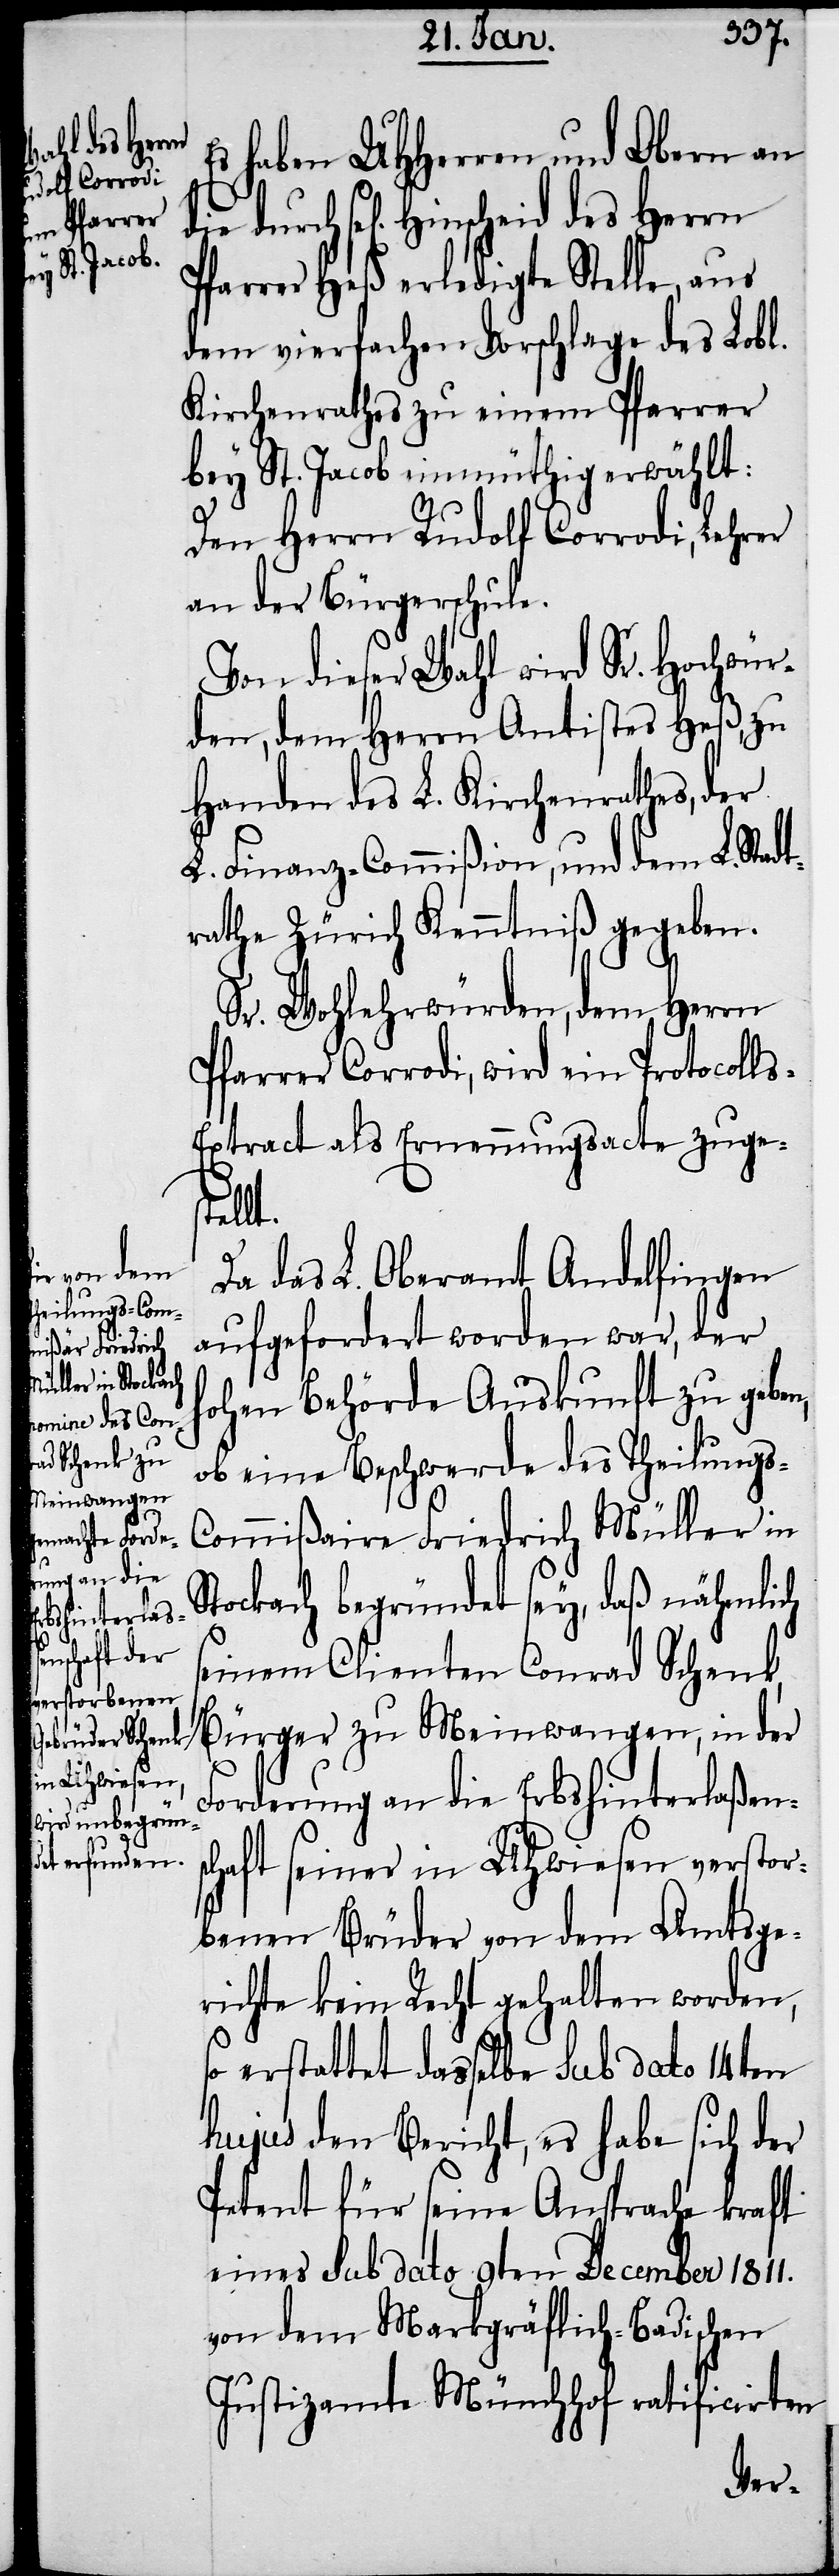
eid des Herrn
die durch
sel[igen] Hinsch¬

haben UHHerren und Obern an
Pfarrer Heß erledigte Stelle, aus
dem vierfachen Vorschlage des Lobl.
Kirchenrathes zu einem Pfarrer
bey St. Jacob einmüthig erwählt:
Den Herrn Rudolf Corrodi, Lehrer
an der Bürgerschule.
Von dieser Wahl wird Sr. Hochwür¬
den, dem Herrn Antistes Heß, zu
Handen des L. Kirchenrathes, der
L. Finanz-Commißion, und dem L. Stadt¬
rathe Zürich Kenntniß gegeben.
Sr. Wohlehrwürden, dem Herrn
Pfarrer Corrodi, wird ein Protocoll¬
s-Extract als Ernennungsacte zuges¬
tellt.
Da das L. Oberamt Andelfingen
aufgefordert worden war, der
hohen Behörde Auskunft zu geben,
ob eine Beschwerde des Theilungs-C¬
ommißaire Friedrich Müller in
Stockach begründet sey, daß nähmlich
seinem Clienten Conrad Schenk,
Bürger zu Meinwangen, in der
Forderung an die Erbshinterlaßens¬
chaft seiner in Uhwiesen verstor¬
benen Brüder von dem Amtsge¬
richte kein Recht gehalten worden,
so erstattet dasselbe sub dato 14ten
hujus den Bericht, es habe sich der
Petent für seine Ansprache kraft
eines sub dato 9ten December 1811.
von dem Markgräflich-Badischen
Justizamte Münchhof ratificirten